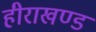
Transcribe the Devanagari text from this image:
हीराखण्ड